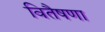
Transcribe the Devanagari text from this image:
वितैषणा